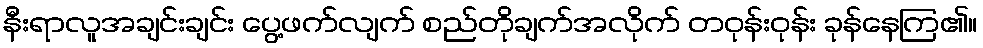
နီးရာလူအချင်းချင်း ပွေ့ဖက်လျက် စည်တိုချက်အလိုက် တဝုန်းဝုန်း ခုန်နေကြ၏။